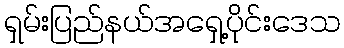
ရှမ်းပြည်နယ်အရှေ့ပိုင်းဒေသ